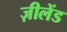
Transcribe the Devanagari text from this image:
ज़ीलेंड